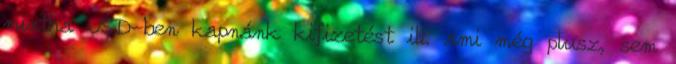
mintha USD-ben kapnánk kifizetést ill. ami még plusz, sem